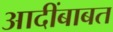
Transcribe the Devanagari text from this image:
आदींबाबत